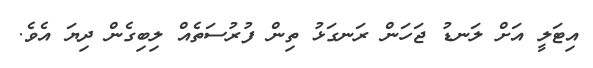
އިޓަލީ އަށް ލަނޑު ޖަހަން ރަނގަޅު ތިން ފުރުސަތެއް ލިބިގެން ދިޔަ އެވެ.